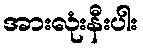
အားလုံးနီးပါး